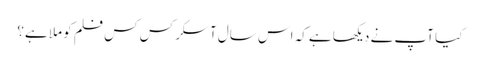
کیا آپ نے دیکھا ہے کہ اس سال آسکر کس کس فلم کو ملا ہے؟